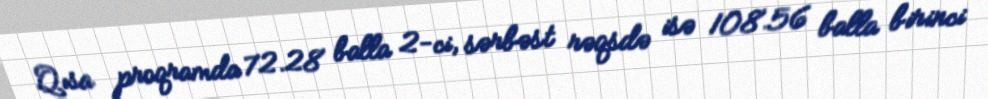
Qısa proqramda 72.28 balla 2-ci, sərbəst rəqsdə isə 108.56 balla birinci